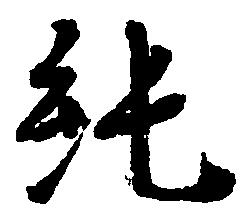
純